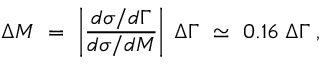
\Delta M \ = \ \left\vert { \frac { d \sigma / d \Gamma } { d \sigma / d M } } \right\vert \; \Delta \Gamma \ \simeq \ 0 . 1 6 \; \Delta \Gamma \; ,